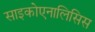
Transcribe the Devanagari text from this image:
साइकोएनालिसिस